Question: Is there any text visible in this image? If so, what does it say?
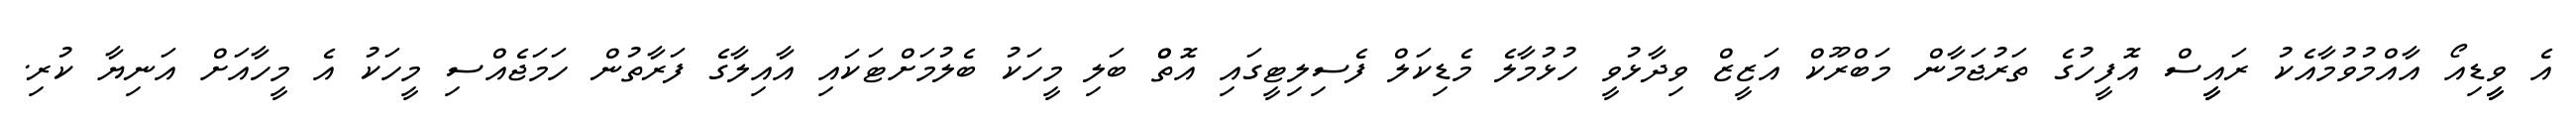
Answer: އެ ވީީޑިއޯ އާއްމުވުމާއެކު ރައީީސް އޮފީހުގެ ތަރުޖަމާން މަބްރޫކް އަޒީޒް ވިދާޅުވީ ހުޅުމާލެ މެޑިކަލް ފެސިލިޓީގައި އޮތްް ބަލި މީހަކު ބެލުމަށްޓަކައި އާއިލާގެ ފަރާތުން ހަމަޖެއްސި މީހަކު އެ މީހާއަށް އަނިޔާ ކުރި.